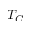
T _ { C }